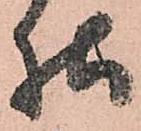
様